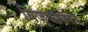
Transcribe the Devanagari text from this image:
विज्ञाणमय